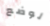
لوضع